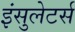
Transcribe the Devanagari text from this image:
इंसुलेटर्स